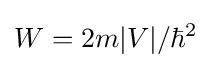
W=2m|V|/\hbar ^{2}